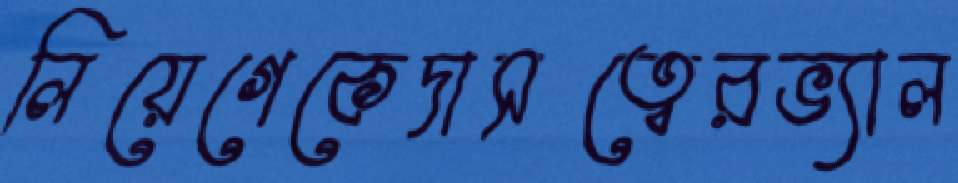
লিয়েগেকেদাসত্বেরভ্যাল